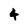
Character: 4